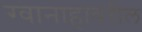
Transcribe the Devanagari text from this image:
ग्वानाहावरील